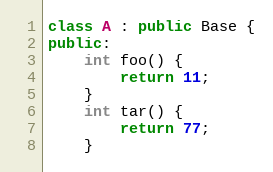
Language: C++
class A : public Base {
public:
    int foo() {
        return 11;
    }
    int tar() {
        return 77;
    }